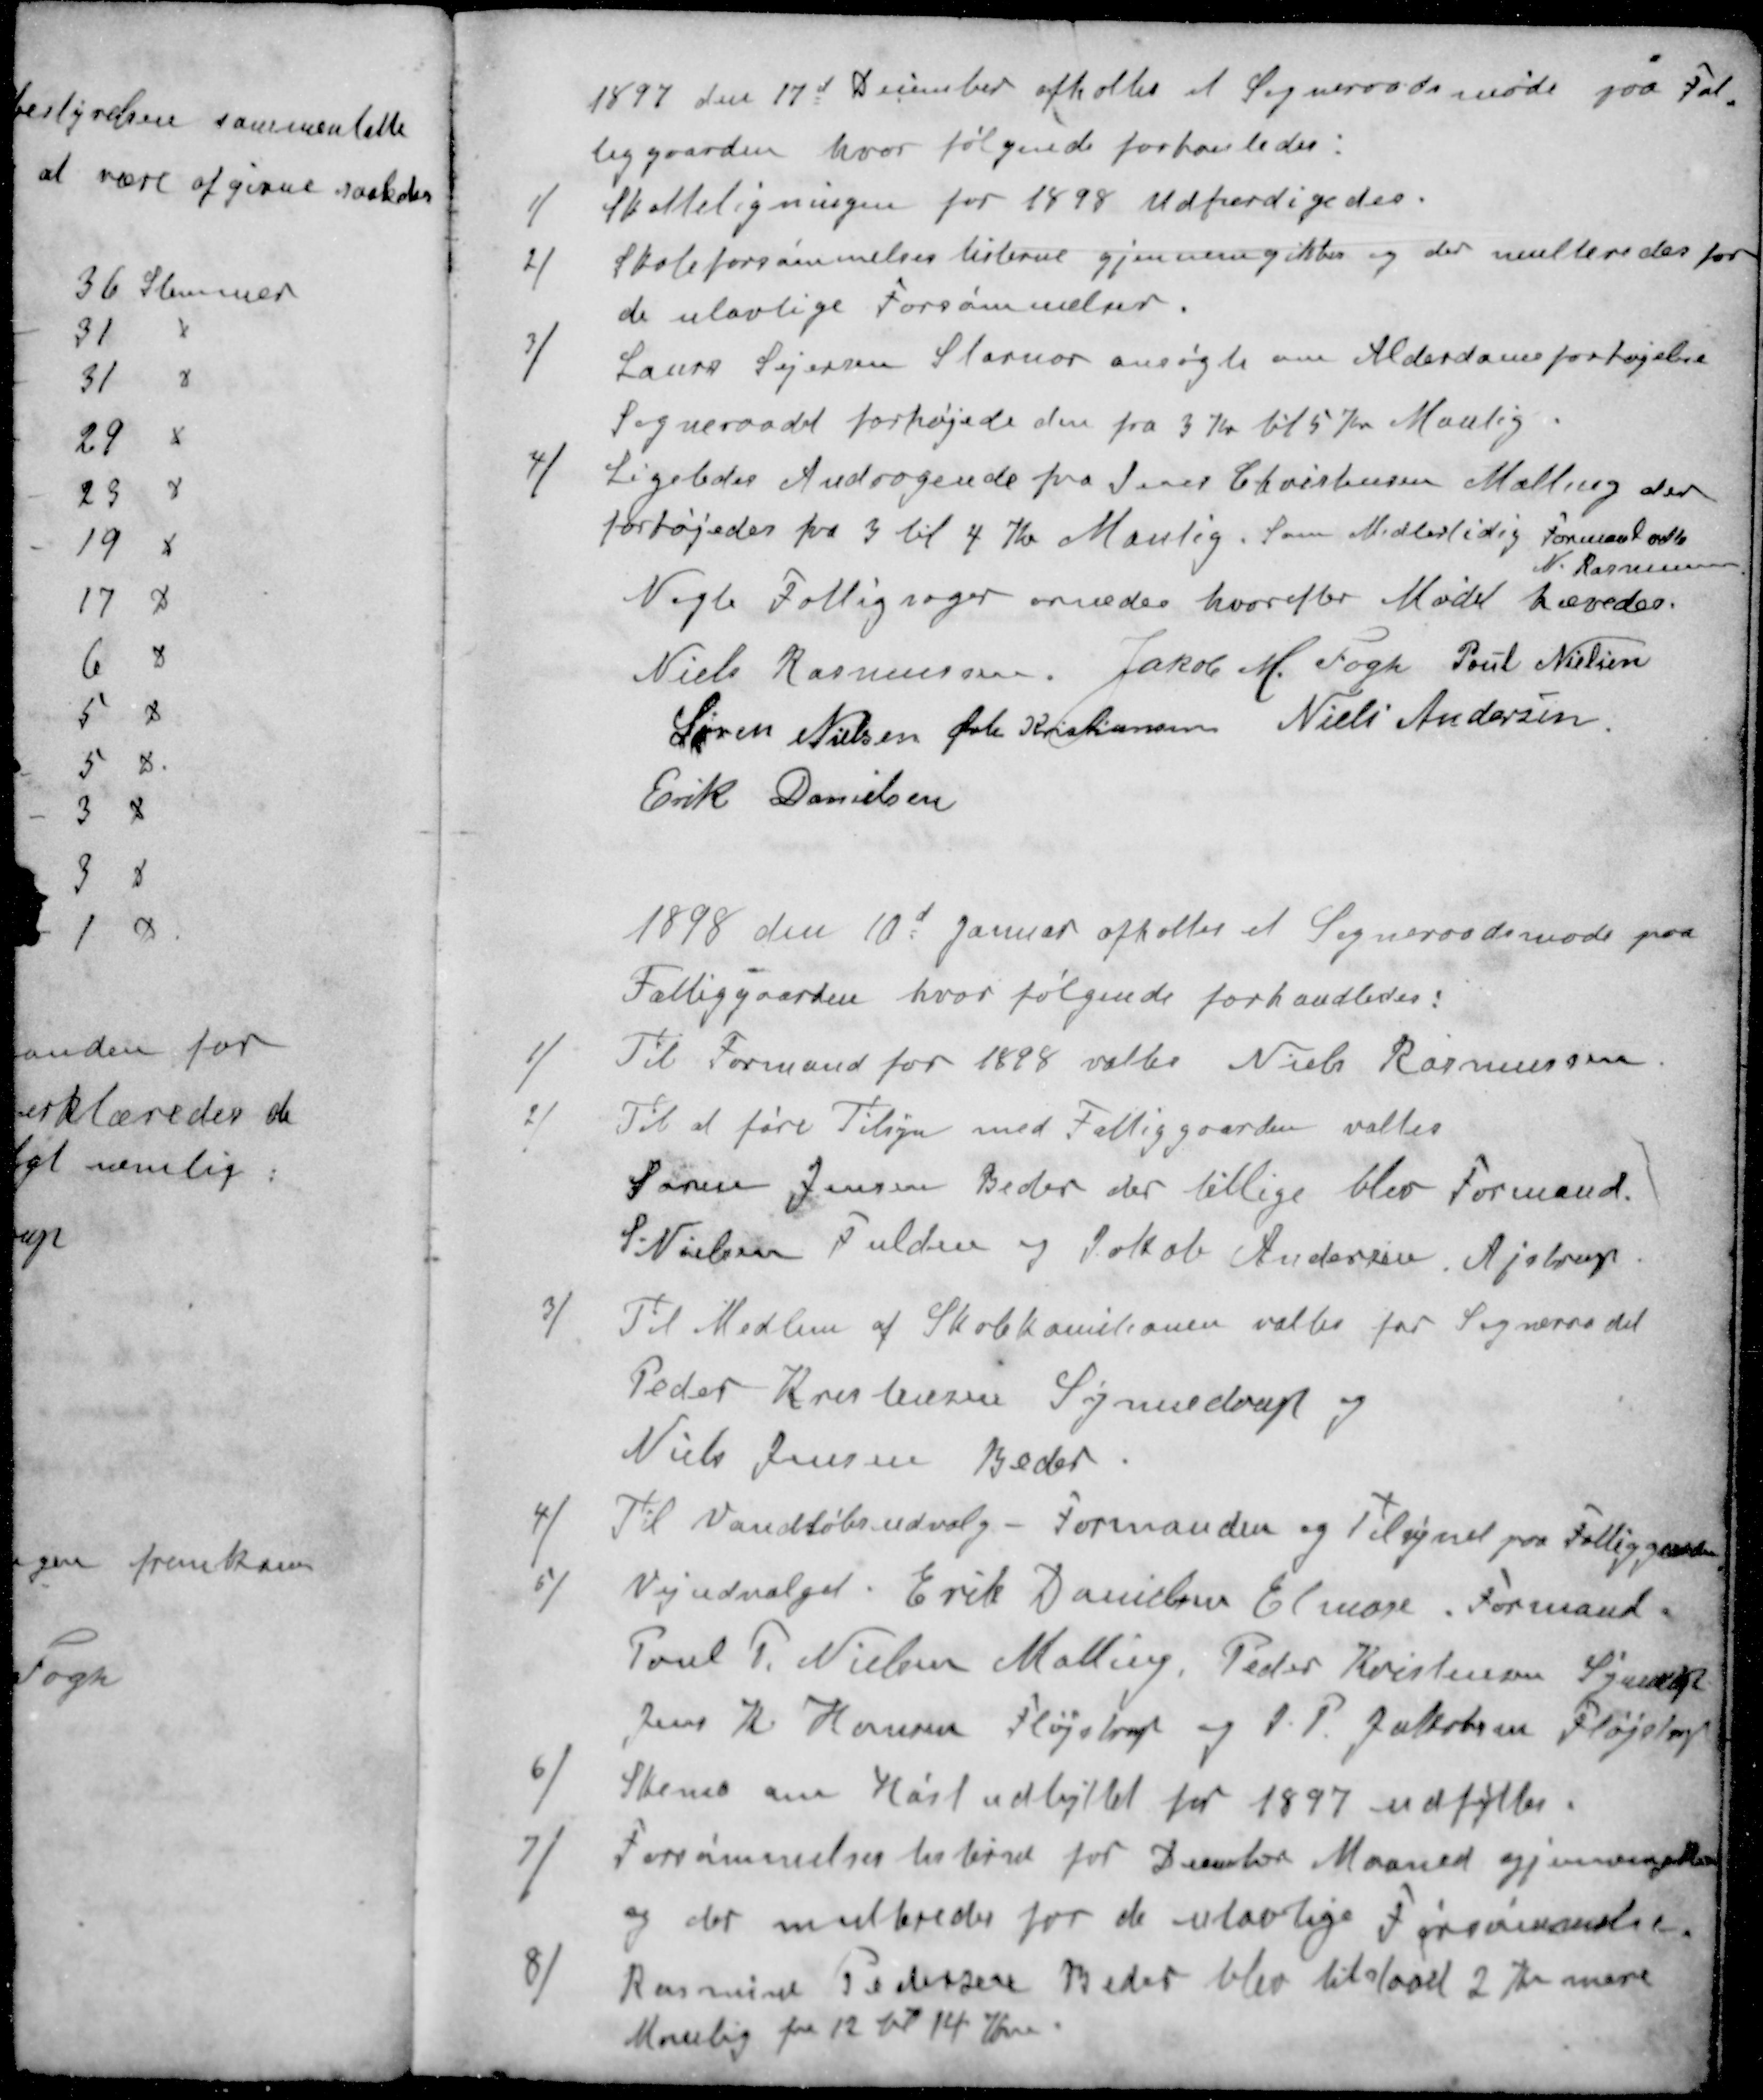
Transskription:
1897 den 17d December afholtes et Sogneraadsmøde paa Fat-
tiggaarden hvor følgende forhanledes:
1 ) Skatteligningen for 1898 Udfærdigedes.
2 ) Skoleforsømmelseslisterne gjennemgikkes og der multeredes for
de ulovlige Forsømmelser.
3 ) Laurs Sejersen Stornor ansøgte om Alderdomsforhøjelse
Sogneraadet forhøjede den fra 3 Kr til 5 Kr Manlig
4 ) Ligeledes Andragende fra Jens Christensen Malling der
forhøjedes fra 3 til 4 Kr Manlig, som Midlertidig Formand valte
N. Rasmussen
Nogle Fattigsager ornedes hvorefter Mødet hævedes.
Niels Rasmussen
Jakob M. Fogh
Poul Nielsen
Søren Nielsen
Øvli Kristiansen
Niels Andersen
Erik Danielsen
1898 den 10d Januar afholtes et Sogneraadsmøde paa
Fattiggaarden, hvor følgende forhandledes:
1 )Til Formand for 1888 valtes Niels Rasmussen
Til at føre Tilsyn med Fattiggaarden valtes
Søren Jensen Beder der tillige blev Formand.
S. Nielsen Fulden og Jakob Andersen, Ajstrup
3 / Til Medlem af Skolekomitionen valtes for Sogneraadet
Peder Kristensen Synnedrup og
Niels Jensen Beder
4 ) Til Vandløbsudvalg - Formanden og Tilsynet paa Fattiggaarden
5 / Vejudvalget. Erik Danielsen Elmose. Formand
Poul P. Nielsen Malling, Peder Kristensen Synnedrup
Jens K Hansen Fløjstrup og J. P. Jakobsen Fløjstrup
6 / Skema om Høstudbyttet for 1897 udfyltes:
7 / Forsømmelseslisterne for December Maaned gjennemgikkes
og der multeredes for de ulovlige Forsømmelser
8 / Rasmine Pedersen Beder blev tilstaaet 2 Kr mere
Manlig fra 12 til 14 Kr